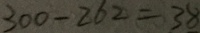
3 0 0 - 2 6 2 = 3 8